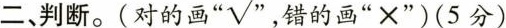
二、判断。(对的画”√”，错的画”×”)(5分)